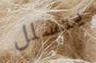
يتسلل